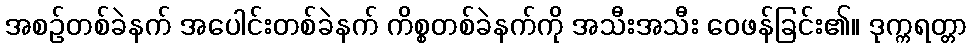
အစဉ်တစ်ခဲနက် အပေါင်းတစ်ခဲနက် ကိစ္စတစ်ခဲနက်ကို အသီးအသီး ဝေဖန်ခြင်း၏။ ဒုက္ကရတ္တာ